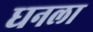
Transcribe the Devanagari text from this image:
ध्‍ानला